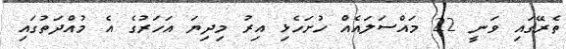
ތެރޭގައި ވަނީ 22 މައްސަލައެއް ހުށަހެޅި އިރު މިދިޔަ އަހަރުގެ އެ މުއްދަތުގައި